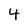
Character: 4